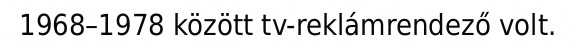
1968–1978 között tv-reklámrendező volt.